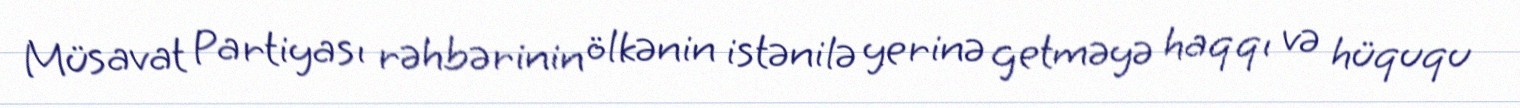
Müsavat Partiyası rəhbərinin ölkənin istənilə yerinə getməyə haqqı və hüququ